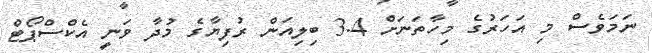
ނަމަވެސް މި އަހަރުގެ މިހާތަނަށް 3.4 ބިލިއަން ރުފިޔާގެ މުދާ ވަނީ އެކްސްޕޯޓް